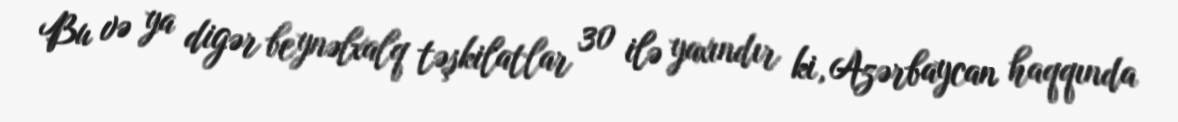
Bu və ya digər beynəlxalq təşkilatlar 30 ilə yaxındır ki, Azərbaycan haqqında